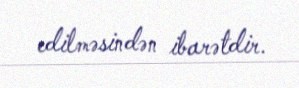
edilməsindən ibarətdir.